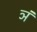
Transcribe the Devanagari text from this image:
ञं